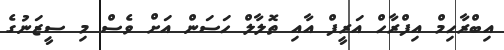
އިބްރާހިމް އިފްރާހް އަރީފް އާއި ތޮލާލް ހަސަން އަށް ވެސް މި ސީޒަނުގެ